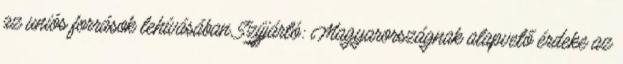
az uniós források lehívásában Szijjártó: Magyarországnak alapvető érdeke az